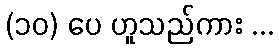
(၁၀) ပေ ဟူသည်ကား ...